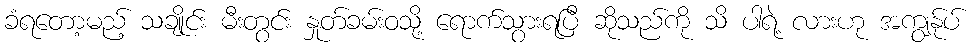
ခံရတော့မည့် သချိုင်း မီးတွင်း နှုတ်ခမ်းဝသို့ ရောက်သွားရပြီ ဆိုသည်ကို သိ ပါရဲ့ လားဟု အကျွန်ုပ်